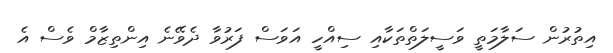
އިތުރުން ސަލާމަތީ ވަސީލަތްތަކާއި ސިއްހީ އަވަސް ފަރުވާ ދެވޭނެ އިންތިޒާމް ވެސް އެ